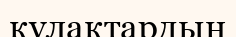
құлақтардың